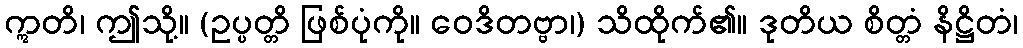
ဣတိ၊ ဤသို့။ (ဥပ္ပတ္တိ ဖြစ်ပုံကို။ ဝေဒိတဗ္ဗာ၊) သိထိုက်၏။ ဒုတိယ စိတ္တံ နိဋ္ဌိတံ၊